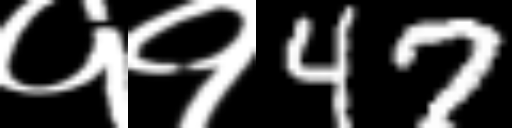
Text: ११47